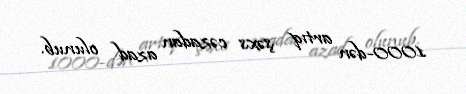
1000-dən artıq şəxs cəzadan azad olunub.